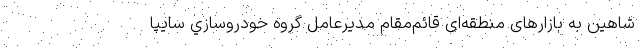
شاهین به بازارهای منطقه‌ای قائم‌مقام مديرعامل گروه خودروسازي سايپا